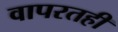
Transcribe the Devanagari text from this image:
वापरतही